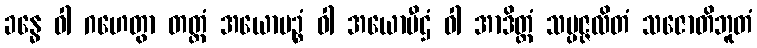
ခန္ဓေ ဝါ ဂဟေတွာ တတ္တံ အယောမဉ္စံ ဝါ အယောပီဌံ ဝါ အာဒိတ္တံ သမ္ပဇ္ဇလိတံ သဇောတိဘူတံ